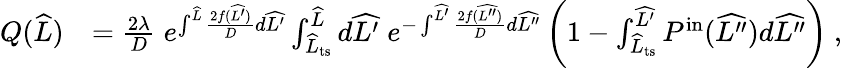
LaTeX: \begin{array}{rl}{Q(\widehat{L})}&{=\frac{2\lambda}{D}\; e^{\int^{\widehat{L}}\frac{2f(\widehat{L^{\prime}})}{D}d\widehat{L^{\prime}}}\int_{\widehat{L}_{\mathrm{ts}}}^{\widehat{L}}d\widehat{L^{\prime}}\; e^{-\int^{\widehat{L^{\prime}}}\frac{2f(\widehat{L^{\prime\prime}})}{D}d\widehat{L^{\prime\prime}}}\left(1-\int_{\widehat{L}_{\mathrm{ts}}}^{\widehat{L^{\prime}}}P^{\mathrm{in}}(\widehat{L^{\prime\prime}})d\widehat{L^{\prime\prime}}\right)\ ,}\end{array}